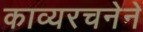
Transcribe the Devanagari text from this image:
काव्यरचनेने